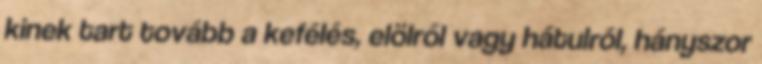
kinek tart tovább a kefélés, elölről vagy hátulról, hányszor